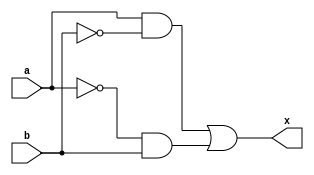
module XOR_gate(
    input a,
    input b,
    output x
);

wire nota, notb, and1, and2;

assign nota = ~a;
assign notb = ~b;

assign and1 = a & notb;
assign and2 = nota & b;

assign x = and1 | and2;

endmodule